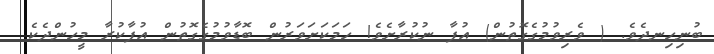
ބުނިހިނދެވެ. ( ވެރިވުމުގެގޮތުން) އުފާ ނުކުރާށެވެ! ހަމަކަށަވަރުން ބޮޑާވުމުގެގޮތުން އުފާކުރާ މީހުންދެކެ